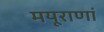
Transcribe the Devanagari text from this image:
मयूराणां